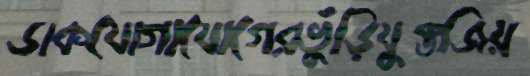
ডাকযোগাযোগেরভুঁড়িযুক্তজিয়